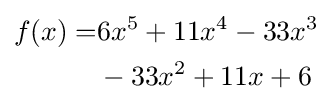
{\begin{aligned}f(x)=&6x^{5}+11x^{4}-33x^{3}\\&-33x^{2}+11x+6\end{aligned}}